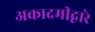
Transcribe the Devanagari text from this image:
अकादमीद्वारे